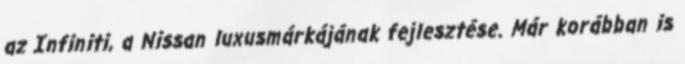
az Infiniti, a Nissan luxusmárkájának fejlesztése. Már korábban is